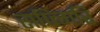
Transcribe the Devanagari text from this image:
सप्त्गिरि